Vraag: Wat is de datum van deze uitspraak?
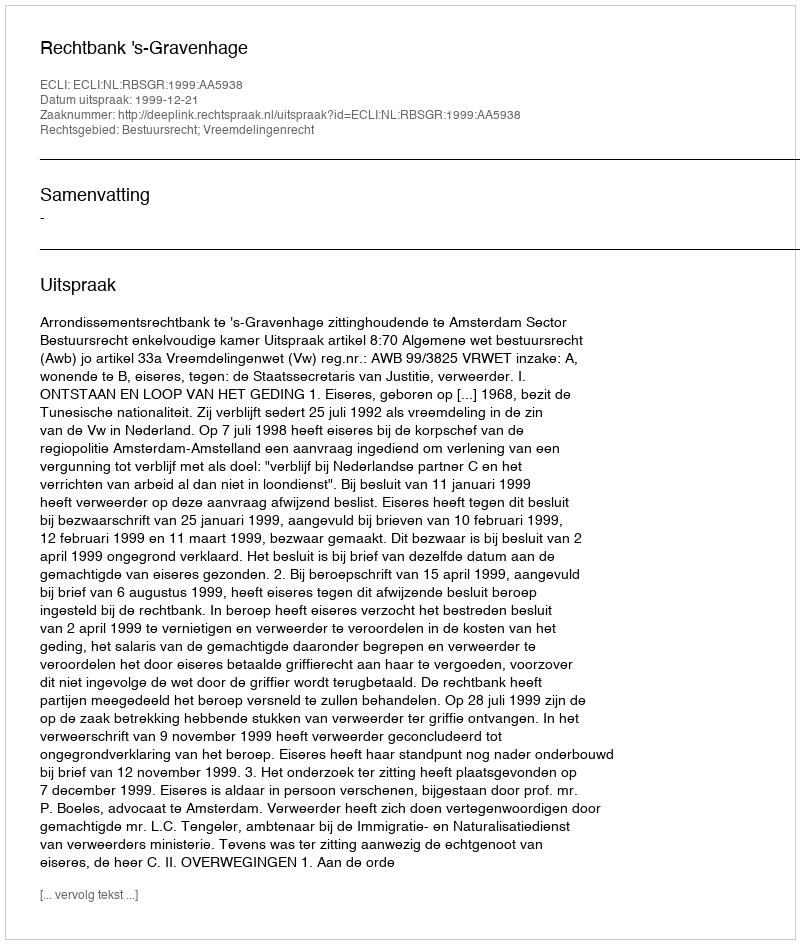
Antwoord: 1999-12-21